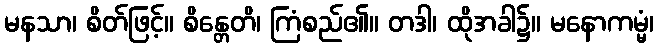
မနသာ၊ စိတ်ဖြင့်။ စိန္တေတိ၊ ကြံစည်၏။ တဒါ၊ ထိုအခါ၌။ မနောကမ္မံ၊